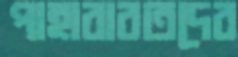
পাহারারতদের